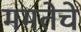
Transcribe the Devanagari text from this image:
ममतेचे